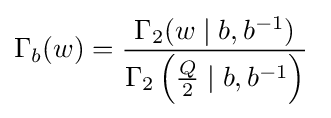
\Gamma _{b}(w)={\frac {\Gamma _{2}(w\mid b,b^{-1})}{\Gamma _{2}\left({\frac {Q}{2}}\mid b,b^{-1}\right)}}\